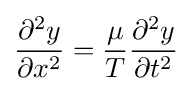
{\frac {\partial ^{2}y}{\partial x^{2}}}={\frac {\mu }{T}}{\frac {\partial ^{2}y}{\partial t^{2}}}